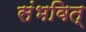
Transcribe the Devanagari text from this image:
संभवित्